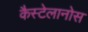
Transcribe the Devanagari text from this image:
कैस्टेलानोस